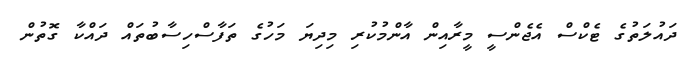
ދައުލަތުގެ ޓެކްސް އެޖެންސީ މީރާއިން އާންމުކުރި މިދިޔަ މަހުގެ ތަފާސްހިސާބުތައް ދައްކާ ގޮތުން